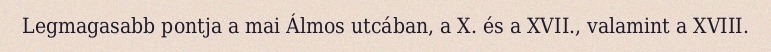
Legmagasabb pontja a mai Álmos utcában, a X. és a XVII., valamint a XVIII.